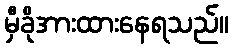
မှီခိုအားထားနေရသည်။